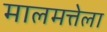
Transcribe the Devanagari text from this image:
मालमत्तेला